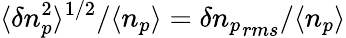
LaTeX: \langle\delta n_{p}^{2}\rangle^{1/2}/\langle n_{p}\rangle=\delta{n_{p}}_{rms}/\langle n_{p}\rangle